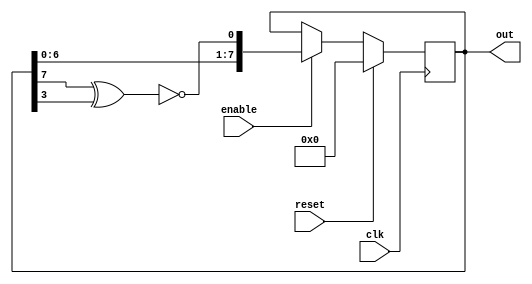
//-----------------------------------------------------
// Design Name : lfsr
// Function    : Linear feedback shift register
// Coder       : Deepak Kumar Tala
//-----------------------------------------------------
module lfsr    (
out             ,  // Output of the counter
enable          ,  // Enable  for counter
clk             ,  // clock input
reset              // reset input
);

//----------Output Ports--------------
output [7:0] out;
//------------Input Ports--------------
input enable, clk, reset;
//------------Internal Variables--------
reg [7:0] out;
wire        linear_feedback;

//-------------Code Starts Here-------
assign linear_feedback = !(out[7] ^ out[3]);

always @(posedge clk)
if (reset) begin // active high reset
  out <= 8'b0 ;
end else if (enable) begin
  out <= {out[6],out[5],
          out[4],out[3],
          out[2],out[1],
          out[0], linear_feedback};
end 

endmodule // End Of Module counter